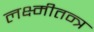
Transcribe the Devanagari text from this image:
लक्ष्मीतन्त्र